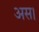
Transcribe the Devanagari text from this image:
अस।